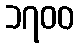
၁၇၀၀